Language: tamil
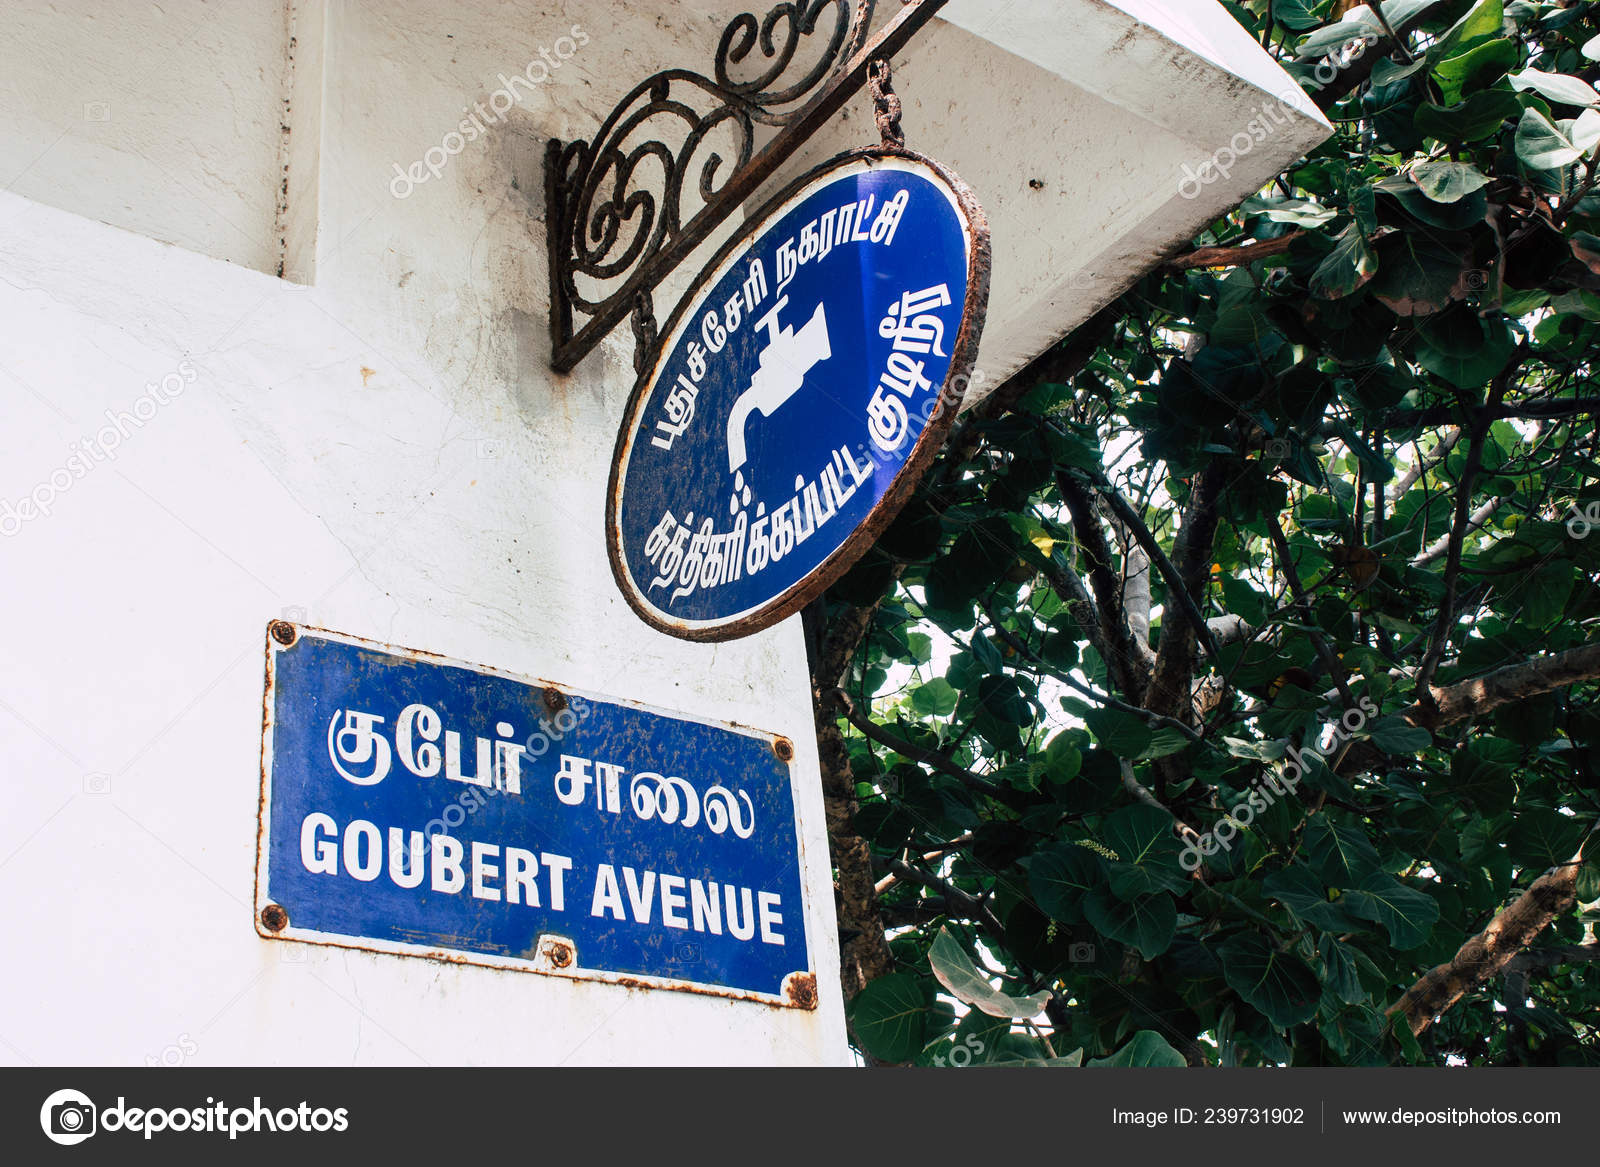
Transcription: குபோ் சாலை நகராட்சி க்கப்பட்ட புது ச்சேரி